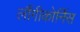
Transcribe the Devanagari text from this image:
लौंगीकोर्निस